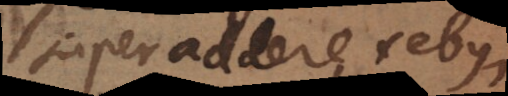
superaddere rebus,